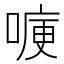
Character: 𭉶